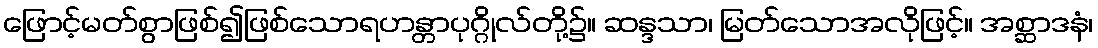
ဖြောင့်မတ်စွာဖြစ်၍ဖြစ်သောရဟန္တာပုဂ္ဂိုလ်တို့၌။ ဆန္ဒသာ၊ မြတ်သောအလိုဖြင့်။ အစ္ဆာဒနံ၊